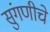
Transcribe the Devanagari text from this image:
सुंगणीचे